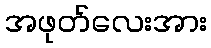
အဖုတ်လေးအား